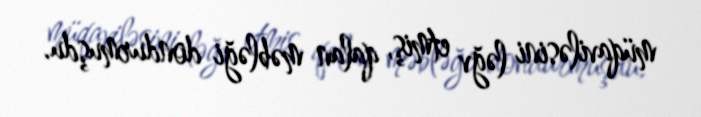
müqaviləsini ləğv etmiş, qalan məbləği dondurmuşdu.